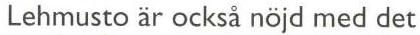
Lehmusto är också nöjd med det